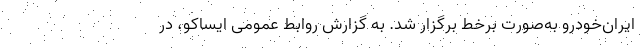
ایران‌خودرو به‌صورت برخط برگزار شد. به گزارش روابط عمومی ایساکو، در